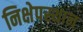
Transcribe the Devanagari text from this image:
निक्षेपस्थान